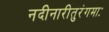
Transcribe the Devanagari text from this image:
नदीनारीतुरंगमाः